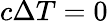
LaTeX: c\Delta T=0